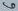
Text: 6